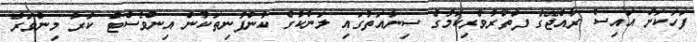
ފަހަކަށް އައިސް ރާއްޖޭގެ ފަތުރުވެރިކަމުގެ ސިނާއަތުގައި ލަންކާގެ ކުންފުނިތަކުން އިންވެސްޓް ކުރާ މިންވަރު